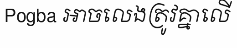
Pogba អាចលេងត្រូវគ្នាលើ